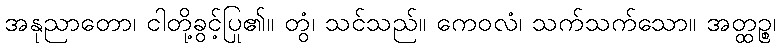
အနုညာတော၊ ငါတို့ခွင့်ပြု၏။ တွံ၊ သင်သည်။ ကေဝလံ၊ သက်သက်သော။ အတ္ထဉ္စ၊